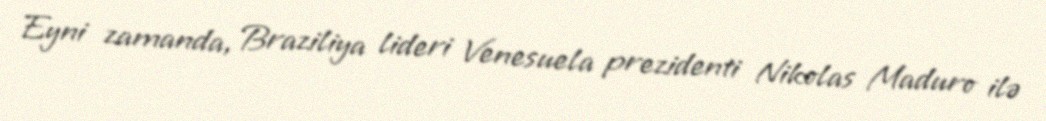
Eyni zamanda, Braziliya lideri Venesuela prezidenti Nikolas Maduro ilə